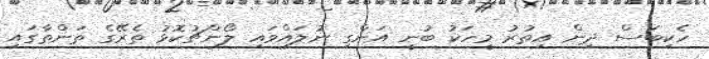
ހެކިބަސް ދިން އިތުރު މީހަކު ބުނީ އަންގި ނުލައްވައި ލޯންޗުކޮޅު ތެރޭގެ ތަންތާގައި